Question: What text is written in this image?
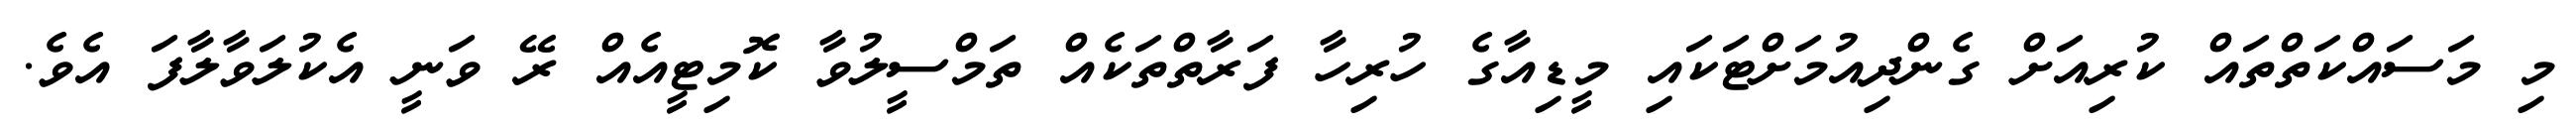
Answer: މި މަސައްކަތްތައް ކުރިއަށް ގެންދިއުމަށްޓަކައި މީޑިއާގެ ހުރިހާ ފަރާތްތަކެއް ތަމްސީލުވާ ކޮމިޓީއެއް ރޭ ވަނީ އެކުލަވާލާފަ އެވެ.